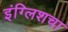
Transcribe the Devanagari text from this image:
इंग्लिशचा